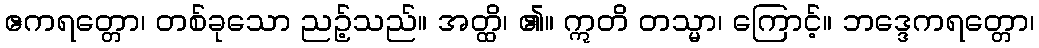
ဧကရတ္တော၊ တစ်ခုသော ညဥ့်သည်။ အတ္ထိ၊ ၏။ ဣတိ တသ္မာ၊ ကြောင့်။ ဘဒ္ဒေကရတ္တော၊